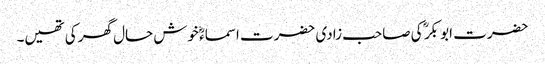
حضرت ابو بکر ؓ کی صاحب زادی حضرت اسماءؓ خوش حال گھر کی تھیں۔